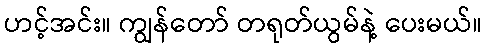
ဟင့်အင်း။ ကျွန်တော် တရုတ်ယွမ်နဲ့ ပေးမယ်။